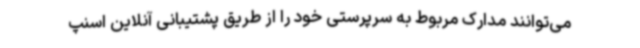
می‌توانند مدارک مربوط به سرپرستی خود را از طریق پشتیبانی آنلاین اسنپ